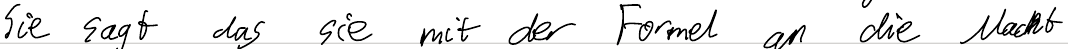
Sie sagt das sie mit der Formel an die Macht